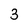
Character: 3